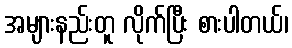
အများနည်းတူ လိုက်ပြီး စားပါတယ်၊